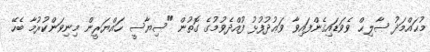
މުޙައްމަދު ޞާލިޙް ވެވަޑައިގެންފައިވާ ވަޢުދުފުޅު ފުއްދެވުމުގެ ގޮތުން "ސިޔާސީ ހައްޔަރީން މިނިވަންކުރުމާ ބެހޭ